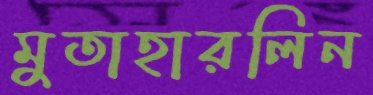
মুতাহারলিন